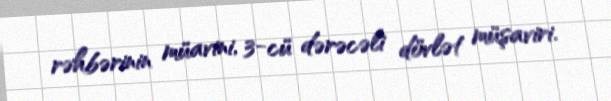
rəhbərinin müavini, 3-cü dərəcəli dövlət müşaviri.